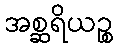
အစ္ဆရိယဉ္စ